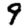
Digit: 9